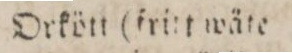
Orkött (fritt wäte